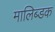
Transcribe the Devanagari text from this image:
मालिब्डक